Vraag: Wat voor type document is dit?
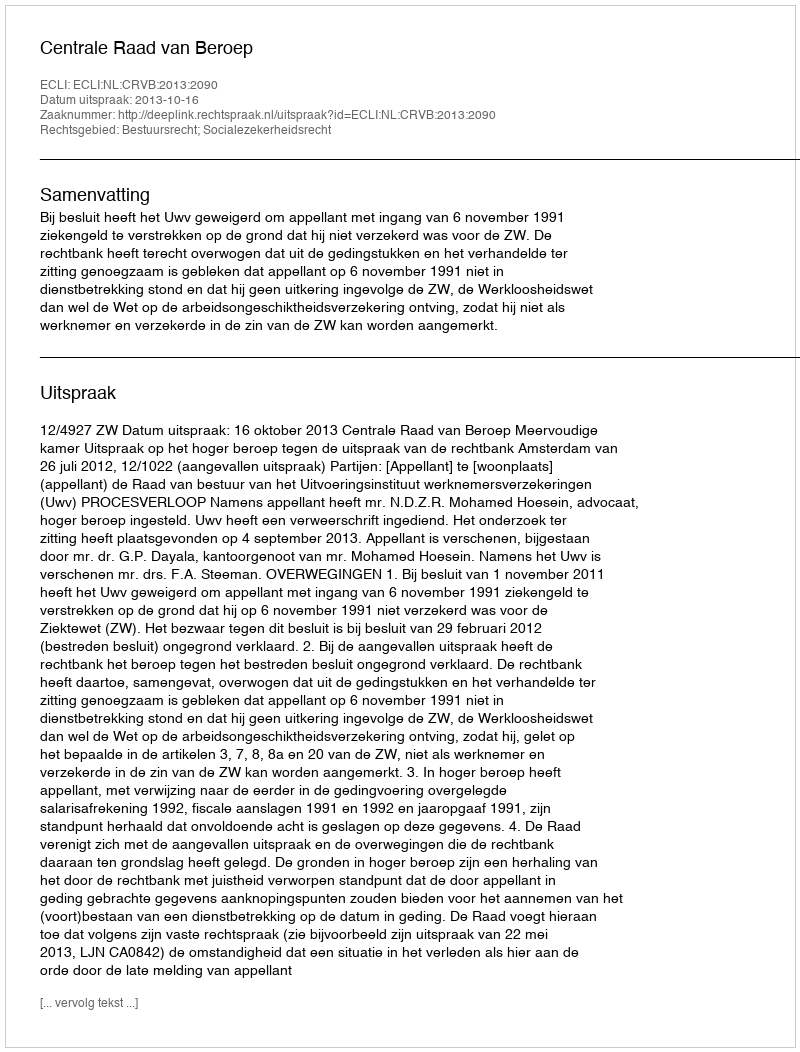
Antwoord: Uitspraak